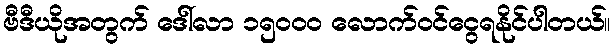
ဗီဒီယိုအတွက် ဒေါ်လာ ၁၅၀၀၀ လောက်ဝင်ငွေရနိုင်ပါတယ်။